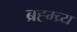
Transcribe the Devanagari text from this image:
ब्रह्म्च्र्य